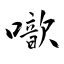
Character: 噷